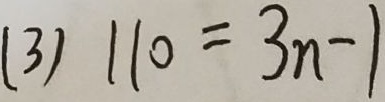
( 3 ) 1 1 0 = 3 n - 1